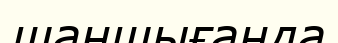
шаншығанда